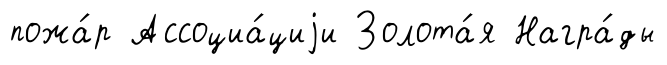
пожа́р Ассоциа́циjи Золота́я Награ́ды